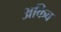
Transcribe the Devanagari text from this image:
अकिब